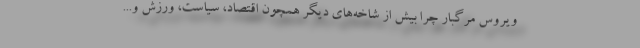
ویروس مرگبار چرا بیش از شاخه‌های دیگر همچون اقتصاد، سیاست، ورزش و...